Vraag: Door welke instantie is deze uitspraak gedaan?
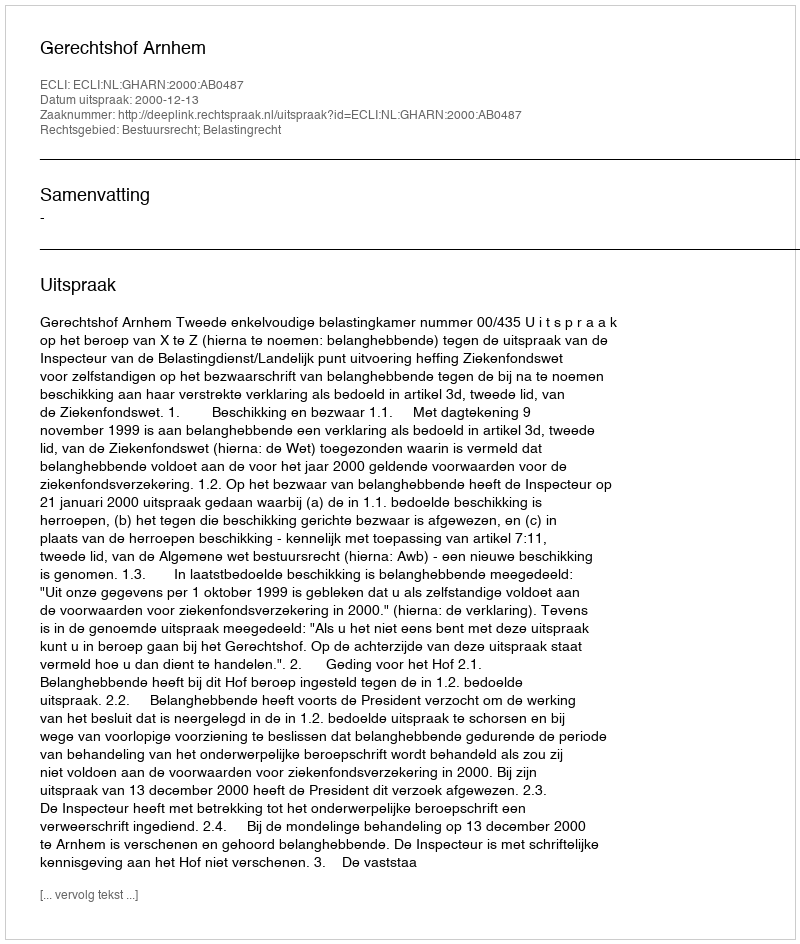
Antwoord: Gerechtshof Arnhem